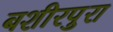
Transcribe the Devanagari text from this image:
बशीरपुरा